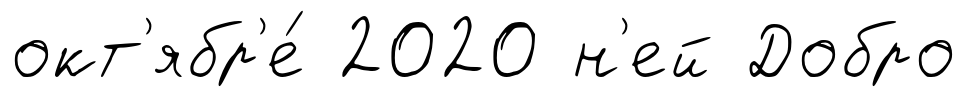
окт'ябр'е́ 2020 н'ей Добро